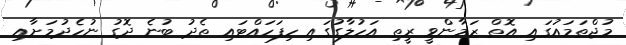
މުޖްތަމައުގައި އޮތް ޒަމާންވީ ރީތި އަހުލާގުގައި ހިފަހައްޓައި ތެދު ބުނެ ދޮގު ނުހެދުމަށާއި